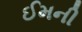
ઈમની